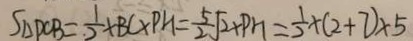
S _ { \Delta } D C B = \frac { 1 } { 2 } \times B C \times P H = \frac { 5 } { 2 } \sqrt { 2 } + P H = \frac { 1 } { 2 } \times ( 2 + 7 ) \times 5